Leaving Certificate Examination, 1922
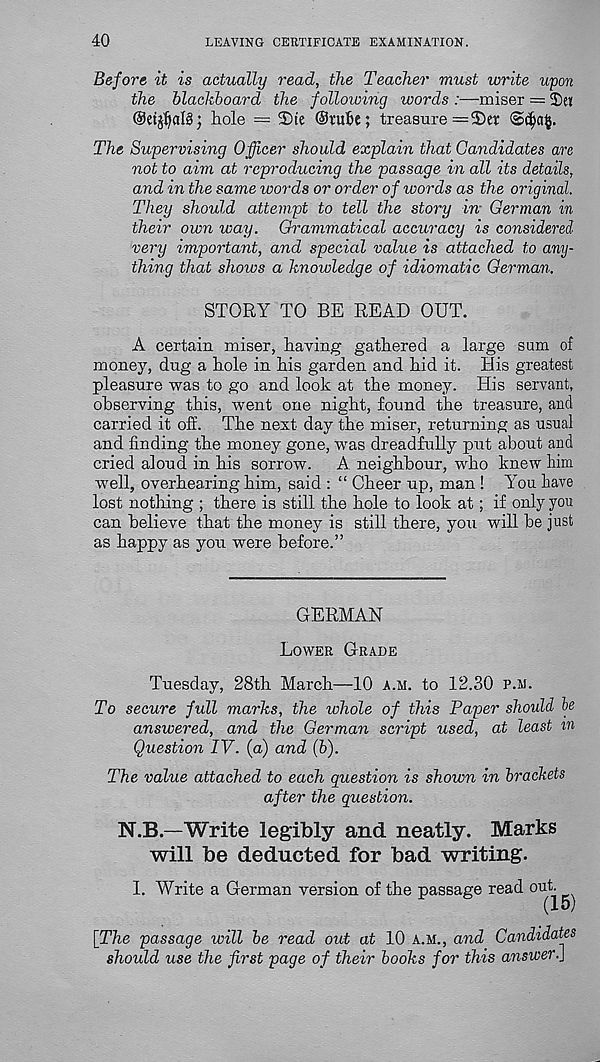
40
LEAVING CERTIFICATE EXAMINATION.
Before it is actually read, the Teacher must write upon
the blackboard the following words :—miser = 3)ei
@et$alg; hole = 2)te ©m&e; treasure = 35a:
The Supervising Officer should explain that Candidates are
not to aim at reproducing the passage in all its details,
and in the same ivords or order of words as the original.
They should attempt to tell the story in- German in
their own way. Grammatical accuracy is considered
very important, and special value is attached to any-
thing that shows a knowledge of idiomatic German.
STORY TO BE READ OUT.
A certain miser, having gathered a large sum of
money, dug a hole in his garden and hid it. His greatest
pleasure was to go and look at the money. His servant,
observing this, went one night, found the treasure, and
carried it off. The next day the miser, returning as usual
and finding the money gone, was dreadfully put about and
cried aloud in his sorrow.
A neighbour, who knew him
well, overhearing him, said : “ Cheer up, man ! You have
lost nothing ; there is still the hole to look at; if only you
can believe that the money is still there, you will be just
as happy as you were before.”
GERMAN
Lower Grade
Tuesday, 28th March—10 a.m. to 12.30 p.m.
To secure full marks, the whole of this Paper should he
answered, and the German script used, at least in
Question IV. (a) and (b).
The value attached to each question is shown in brackets
after the question.
N.B.—Write legibly and neatly. Marks
will be deducted for bad writing.
1. Write a German version of the passage read out ^
[The passage will be read out at 10 a.m., and Candidates
should use the first page of their boohs for this answer.]